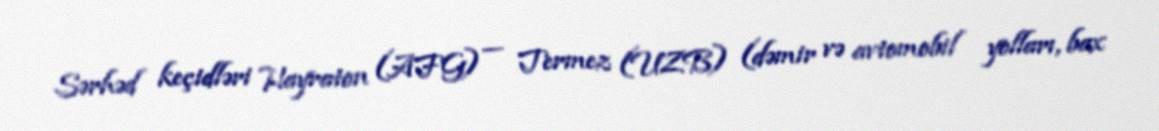
Sərhəd keçidləri Hayraton (AFG) — Termez (UZB) (dəmir və avtomobil yolları, bax